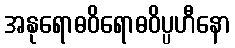
အနုရောဓဝိရောဓဝိပ္ပဟီနော